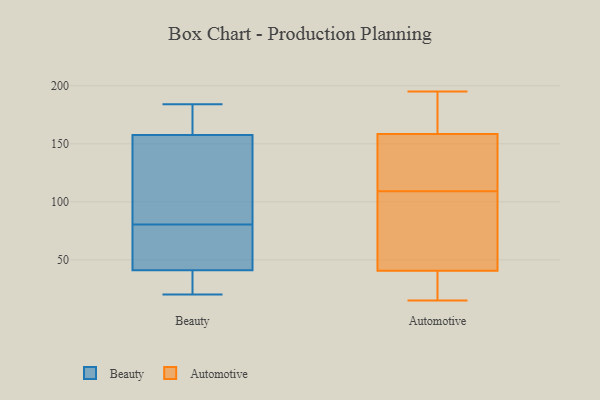
{"axis": {"x": "Gross Profit (USD K)", "y": "Value"}, "legend": ["Automotive", "Beauty"], "data": [{"x": "", "y": 63, "type": "Beauty"}, {"x": "", "y": 167, "type": "Beauty"}, {"x": "", "y": 20, "type": "Beauty"}, {"x": "", "y": 40, "type": "Beauty"}, {"x": "", "y": 62, "type": "Beauty"}, {"x": "", "y": 172, "type": "Beauty"}, {"x": "", "y": 148, "type": "Beauty"}, {"x": "", "y": 110, "type": "Beauty"}, {"x": "", "y": 184, "type": "Beauty"}, {"x": "", "y": 98, "type": "Beauty"}, {"x": "", "y": 42, "type": "Beauty"}, {"x": "", "y": 35, "type": "Beauty"}, {"x": "", "y": 70, "type": "Automotive"}, {"x": "", "y": 157, "type": "Automotive"}, {"x": "", "y": 182, "type": "Automotive"}, {"x": "", "y": 35, "type": "Automotive"}, {"x": "", "y": 33, "type": "Automotive"}, {"x": "", "y": 22, "type": "Automotive"}, {"x": "", "y": 130, "type": "Automotive"}, {"x": "", "y": 15, "type": "Automotive"}, {"x": "", "y": 96, "type": "Automotive"}, {"x": "", "y": 174, "type": "Automotive"}, {"x": "", "y": 142, "type": "Automotive"}, {"x": "", "y": 122, "type": "Automotive"}, {"x": "", "y": 195, "type": "Automotive"}, {"x": "", "y": 160, "type": "Automotive"}, {"x": "", "y": 46, "type": "Automotive"}, {"x": "", "y": 67, "type": "Automotive"}]}